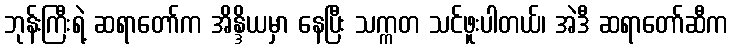
ဘုန်းကြီးရဲ့ ဆရာတော်က အိန္ဒိယမှာ နေပြီး သက္ကတ သင်ဖူးပါတယ်၊ အဲဒီ ဆရာတော်ဆီက